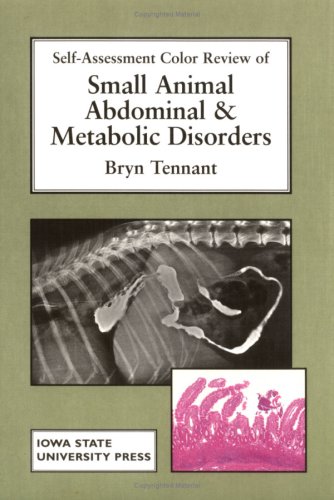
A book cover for Self-Assessment Color Review of Small Animal Abdominal and Metabolic Disorders (SELF-ASSESSMENT COLOR REVIEW SERIES); Bryn Tennant; Medical Books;